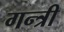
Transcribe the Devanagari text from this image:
गन्त्री